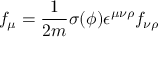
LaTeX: f _ { \mu } = \frac { 1 } { 2 m } \sigma ( \phi ) \epsilon ^ { \mu \nu \rho } f _ { \nu \rho }